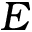
E